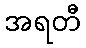
အရတီ